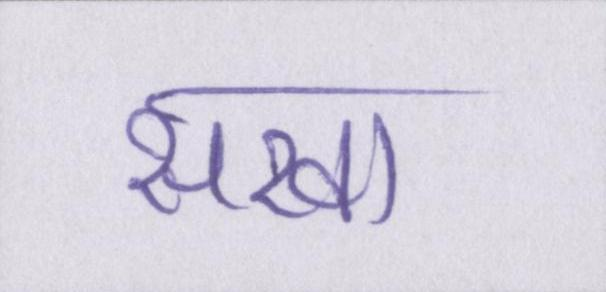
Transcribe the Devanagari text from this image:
सखा